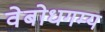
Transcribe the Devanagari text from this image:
वेबोधगम्य